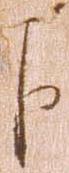
下